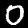
Label: 0